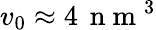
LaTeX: v_{0}\approx 4\, {\mathrm{~n~m~}}^{3}